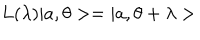
L ( \lambda ) | a , \theta > = | a , \theta + \lambda >